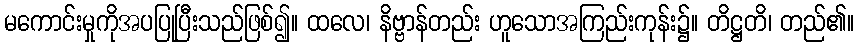
မကောင်းမှုကိုအပပြုပြီးသည်ဖြစ်၍။ ထလေ၊ နိဗ္ဗာန်တည်း ဟူသောအကြည်းကုန်း၌။ တိဋ္ဌတိ၊ တည်၏။